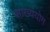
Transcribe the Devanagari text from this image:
साख्यंयोग